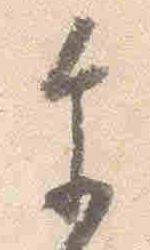
参